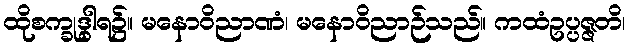
ထိုစက္ခုဒွါရ၌။ မနောဝိညာဏံ၊ မနောဝိညာဉ်သည်။ ကထံဥပ္ပဇ္ဇတိ၊